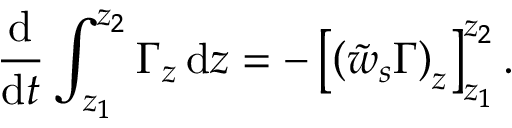
\frac { \mathrm { d } } { \mathrm { d } t } \int _ { z _ { 1 } } ^ { z _ { 2 } } \Gamma _ { z } \, \mathrm { d } z = - \left[ \left( \tilde { w } _ { s } \Gamma \right) _ { z } \right] _ { z _ { 1 } } ^ { z _ { 2 } } .